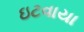
ઇટવાયા